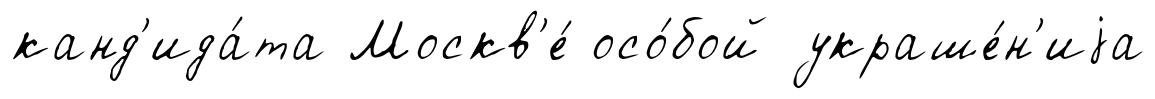
канд'ида́та Москв'е́ осо́бой украше́н'иjа